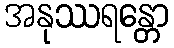
အနုဿရန္တော